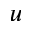
u